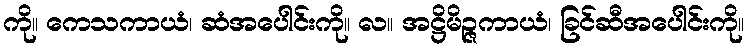
ကို။ ကေသကာယံ၊ ဆံအပေါင်းကို။ လ။ အဋ္ဌိမိဉ္ဇကာယံ၊ ခြင်ဆီအပေါင်းကို။